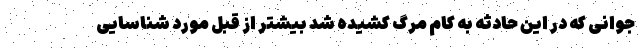
جوانی که در این حادثه به کام مرگ کشیده شد بیشتر از قبل مورد شناسایی